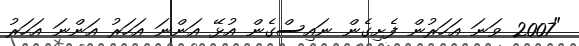
"2007 ވަނަ އަހަރުން ފެށިގެން ނައިސްގެން އުޅޭ އަންނަ އަހަރު އަންނަ އަހަރު